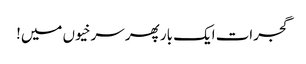
گجرات ایک بار پھر سرخیوں میں!